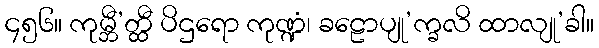
၄၅၆။ ကုမ္ဘီ’တ္ထီ ပိဌရော ကုဏ္ဍံ၊ ခဠောပျု’က္ခလိ ထာလျု’ခါ။